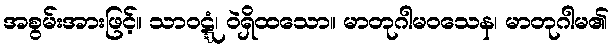
အစွမ်းအားဖြင့်။ သာဝဋ္ဋံ၊ ဝဲရှိထသော။ မာတုဂါမဝသေန၊ မာတုဂါမ၏